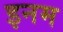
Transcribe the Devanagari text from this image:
इनम